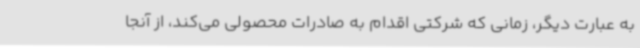
به عبارت دیگر، زمانی که شرکتی اقدام به صادرات محصولی می‌کند، از آنجا